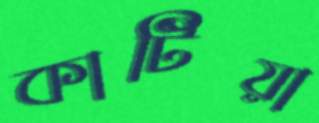
কাটিয়া